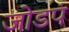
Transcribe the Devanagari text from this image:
जोडपं